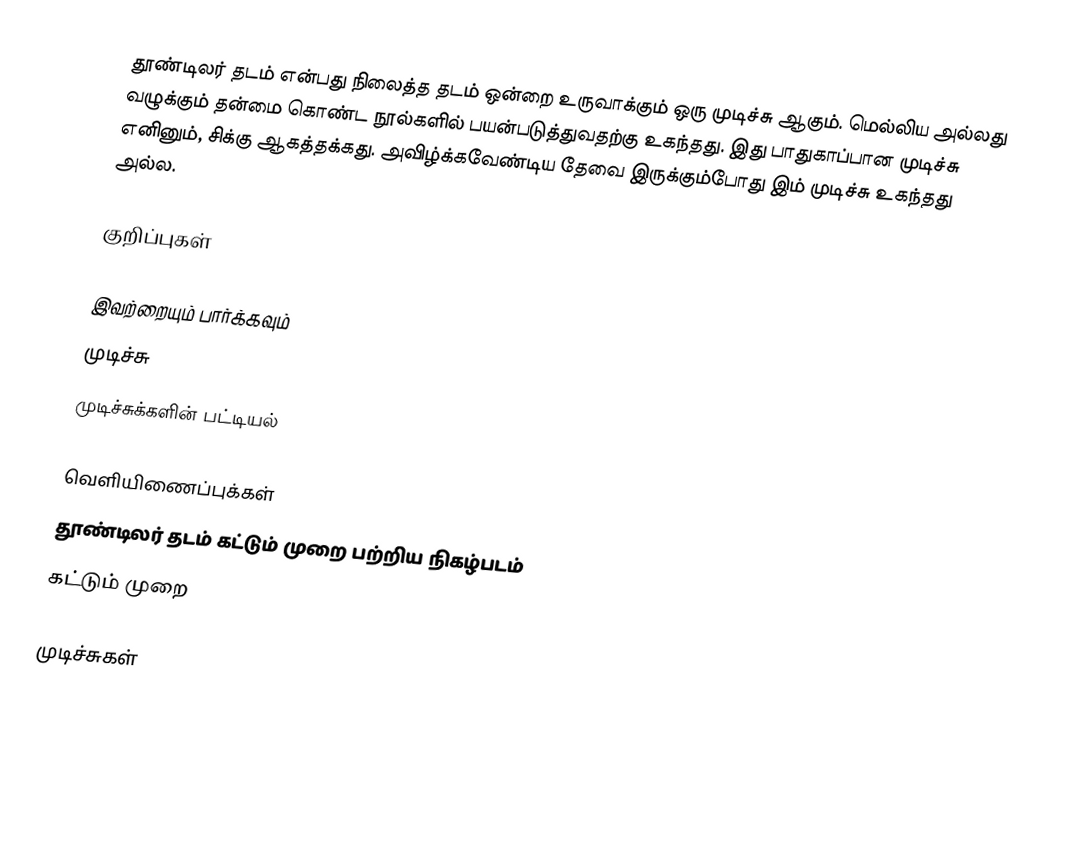
தூண்டிலர் தடம் என்பது நிலைத்த தடம் ஒன்றை உருவாக்கும் ஒரு முடிச்சு ஆகும். மெல்லிய அல்லது வழுக்கும் தன்மை கொண்ட நூல்களில் பயன்படுத்துவதற்கு உகந்தது. இது பாதுகாப்பான முடிச்சு எனினும், சிக்கு ஆகத்தக்கது. அவிழ்க்கவேண்டிய தேவை இருக்கும்போது இம் முடிச்சு உகந்தது அல்ல.

குறிப்புகள்

இவற்றையும் பார்க்கவும்
 முடிச்சு
 முடிச்சுக்களின் பட்டியல்

வெளியிணைப்புக்கள்
தூண்டிலர் தடம் கட்டும் முறை பற்றிய நிகழ்படம்
கட்டும் முறை

முடிச்சுகள்